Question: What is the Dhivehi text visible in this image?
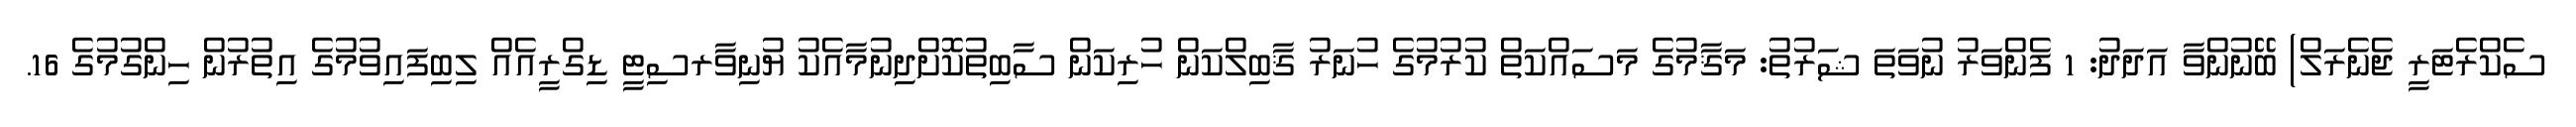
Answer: ސެކްރެޓަރީ ޖެނެރަލް) ބޭނުންވާ އަދަދު: 1 ފެންވަރު ނުވަތަ ޝަރުތު: މަޤާމުގެ މަސައްކަތް ކުރުމުގެ ހުނަރު ޤާބިލްކަން ހުރިކަން ސާބިތުކޮށްދިނުމާއެކު ޔުނިވާރސިޓީ ޑިގްރީއެއް ލިބިފައިވުމުގެ އިތުރުން ހިންގުމުގެ 16.